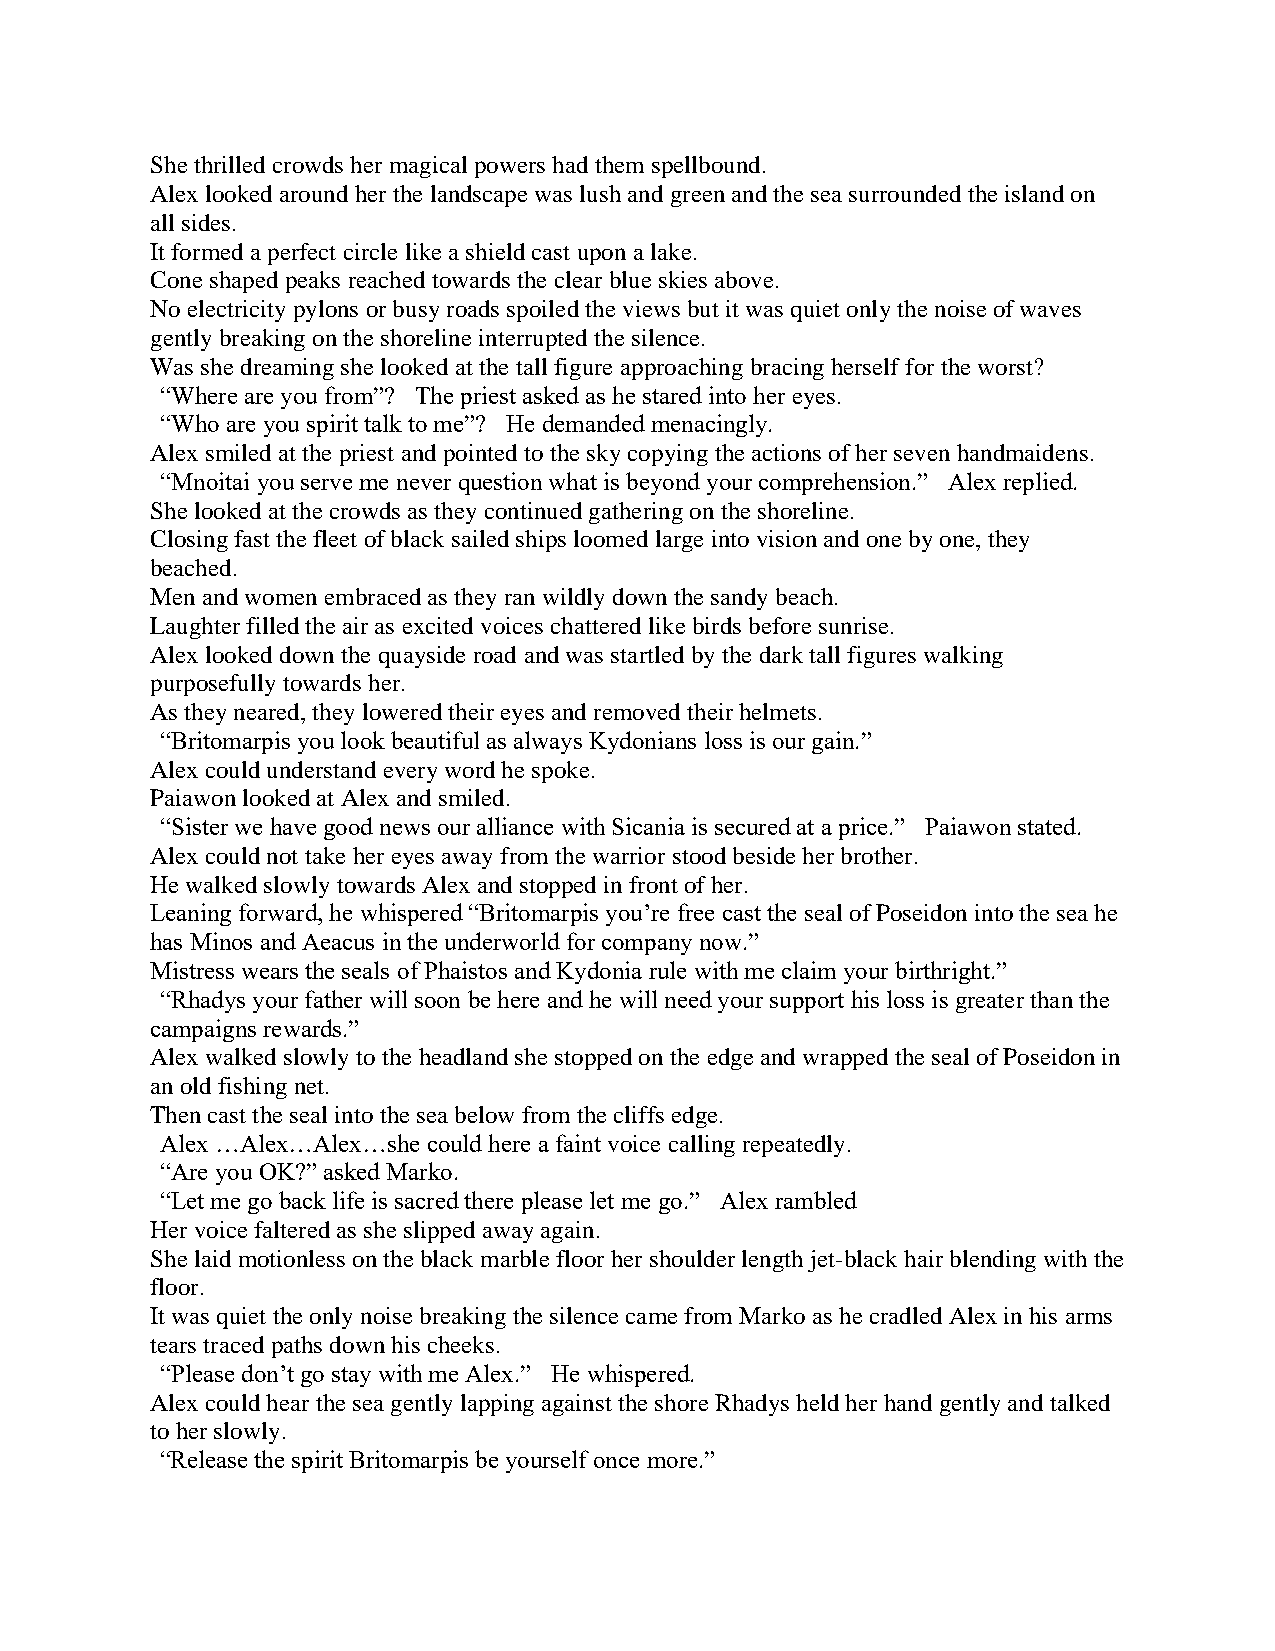
She thrilled crowds her magical powers had them spellbound.
 Alex looked around her the landscape was lush and green and the sea surrounded the island on
 all sides.
 It formed a perfect circle like a shield cast upon a lake.
 Cone shaped peaks reached towards the clear blue skies above.
 No electricity pylons or busy roads spoiled the views but it was quiet only the noise of waves
 gently breaking on the shoreline interrupted the silence.
 Was she dreaming she looked at the tall figure approaching bracing herself for the worst?
 “Where are you from”? The priest asked as he stared into her eyes.
 “Who are you spirit talk to me”? He demanded menacingly.
 Alex smiled at the priest and pointed to the sky copying the actions of her seven handmaidens.
 “Mnoitai you serve me never question what is beyond your comprehension.” Alex replied.
 She looked at the crowds as they continued gathering on the shoreline.
 Closing fast the fleet of black sailed ships loomed large into vision and one by one, they
 beached.
 Men and women embraced as they ran wildly down the sandy beach.
 Laughter filled the air as excited voices chattered like birds before sunrise.
 Alex looked down the quayside road and was startled by the dark tall figures walking
 purposefully towards her.
 As they neared, they lowered their eyes and removed their helmets.
 “Britomarpis you look beautiful as always Kydonians loss is our gain.”
 Alex could understand every word he spoke.
 Paiawon looked at Alex and smiled.
 “Sister we have good news our alliance with Sicania is secured at a price.” Paiawon stated.
 Alex could not take her eyes away from the warrior stood beside her brother.
 He walked slowly towards Alex and stopped in front of her.
 Leaning forward, he whispered “Britomarpis you’re free cast the seal of Poseidon into the sea he
 has Minos and Aeacus in the underworld for company now.”
 Mistress wears the seals of Phaistos and Kydonia rule with me claim your birthright.”
 “Rhadys your father will soon be here and he will need your support his loss is greater than the
 campaigns rewards.”
 Alex walked slowly to the headland she stopped on the edge and wrapped the seal of Poseidon in
 an old fishing net.
 Then cast the seal into the sea below from the cliffs edge.
 Alex …Alex…Alex…she could here a faint voice calling repeatedly.
 “Are you OK?” asked Marko.
 “Let me go back life is sacred there please let me go.” Alex rambled
 Her voice faltered as she slipped away again.
 She laid motionless on the black marble floor her shoulder length jet-black hair blending with the
 floor.
 It was quiet the only noise breaking the silence came from Marko as he cradled Alex in his arms
 tears traced paths down his cheeks.
 “Please don’t go stay with me Alex.” He whispered.
 Alex could hear the sea gently lapping against the shore Rhadys held her hand gently and talked
 to her slowly.
 “Release the spirit Britomarpis be yourself once more.”